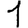
Digit: 1